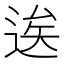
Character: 逘